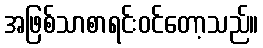
အဖြစ်သာစာရင်းဝင်တော့သည်။